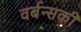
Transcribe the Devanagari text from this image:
वर्बन्सकी